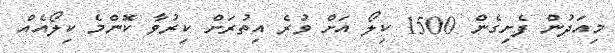
މިއަދުން ފެށިގެން 1500 ކިލޯ އަށް ވުރެ އިތުރަށް ކިރުވާ ކޮންމެ ކިލޯއެއް